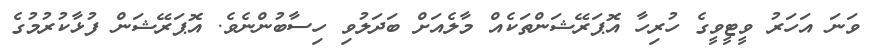
ވަނަ އަހަރު ވީޓީވީގެ ހުރިހާ އޮޕަރޭޝަންތަކެއް މާލެއަށް ބަދަލުވި ހިސާބުންނެވެ. އޮޕަރޭޝަން ފުޅާކުރުމުގެ